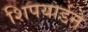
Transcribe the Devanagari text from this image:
शिपयार्डने